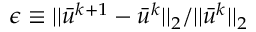
\epsilon \equiv { | | \bar { u } ^ { k + 1 } - \bar { u } ^ { k } | | _ { 2 } } / { | | \bar { u } ^ { k } | | _ { 2 } }